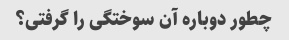
چطور دوباره آن سوختگی را گرفتی؟